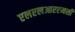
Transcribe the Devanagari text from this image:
एलएलआरएमसी